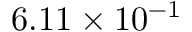
6 . 1 1 \times 1 0 ^ { - 1 }